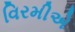
વિરમીએ